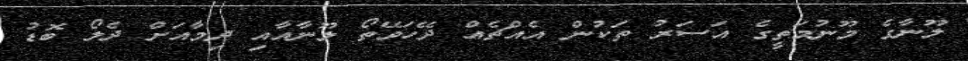
ލޫނާގެ މޫނުމަތީގެ އަސަރު ތަކުން އެއްޗެއް ދޭހަވޭތޯ ލޫނާއާއި ދިމާއަށް ދެލޯ ބޮޑު